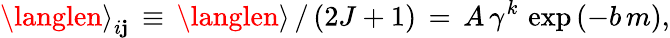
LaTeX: {\langlen\rangle}_{i\mathbf{j}}\, \equiv\, {\langlen\rangle}\, /\, (2J+1)\, =\, A\, \gamma^{k}\, \exp{(-b\, m)},